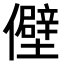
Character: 𫤃